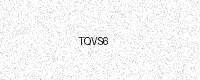
Text: TQVS6